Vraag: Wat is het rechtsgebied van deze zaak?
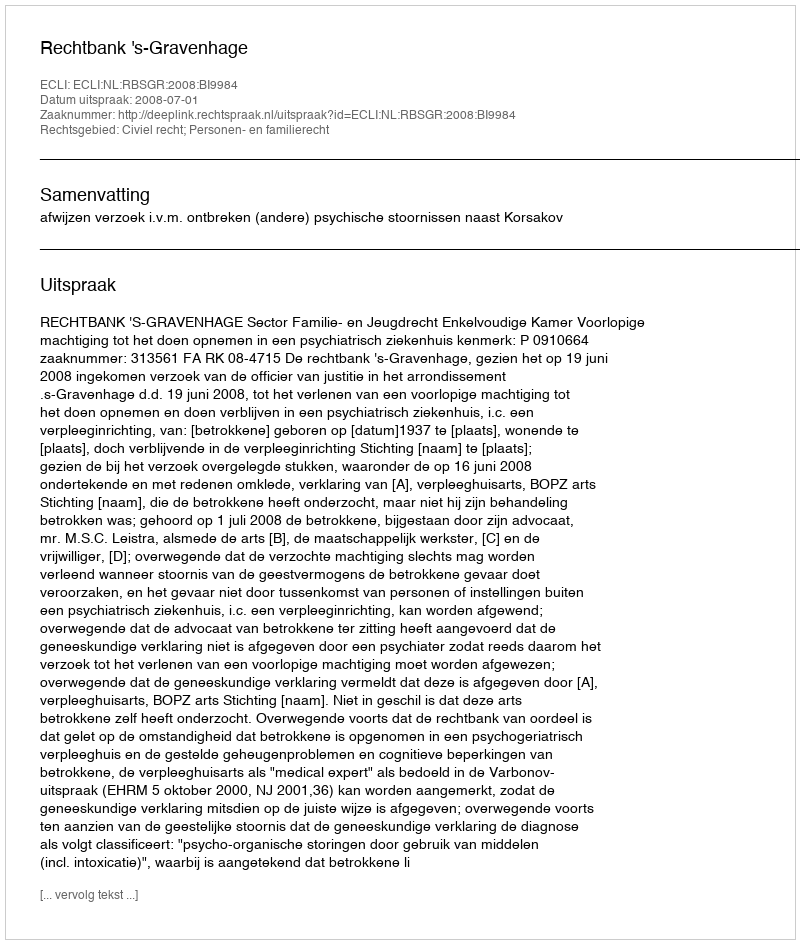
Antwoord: Civiel recht; Personen- en familierecht